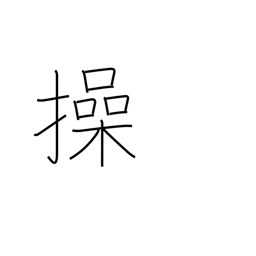
Meaning: maneuver